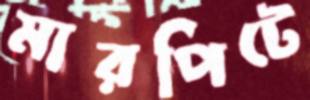
মারপিটে